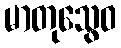
မာတုသွေဝ